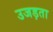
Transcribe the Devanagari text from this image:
उजड़ता